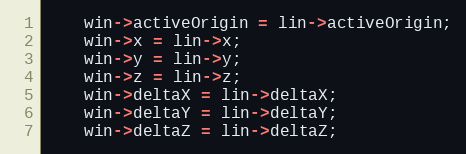
Language: C++
    win->activeOrigin = lin->activeOrigin;
    win->x = lin->x;
    win->y = lin->y;
    win->z = lin->z;
    win->deltaX = lin->deltaX;
    win->deltaY = lin->deltaY;
    win->deltaZ = lin->deltaZ;